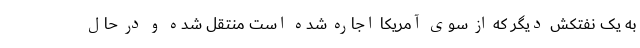
به یک نفتکش دیگر که از سوی آمریکا اجاره شده است منتقل شده و در حال